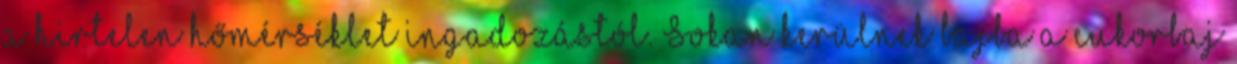
a hirtelen hőmérséklet ingadozástól. Sokan kerülnek bajba a cukorbaj